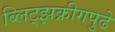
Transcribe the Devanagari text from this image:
ब्लिट्झक्रीगपुढे